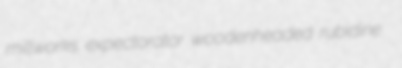
millworks expectorator woodenheaded rubidine